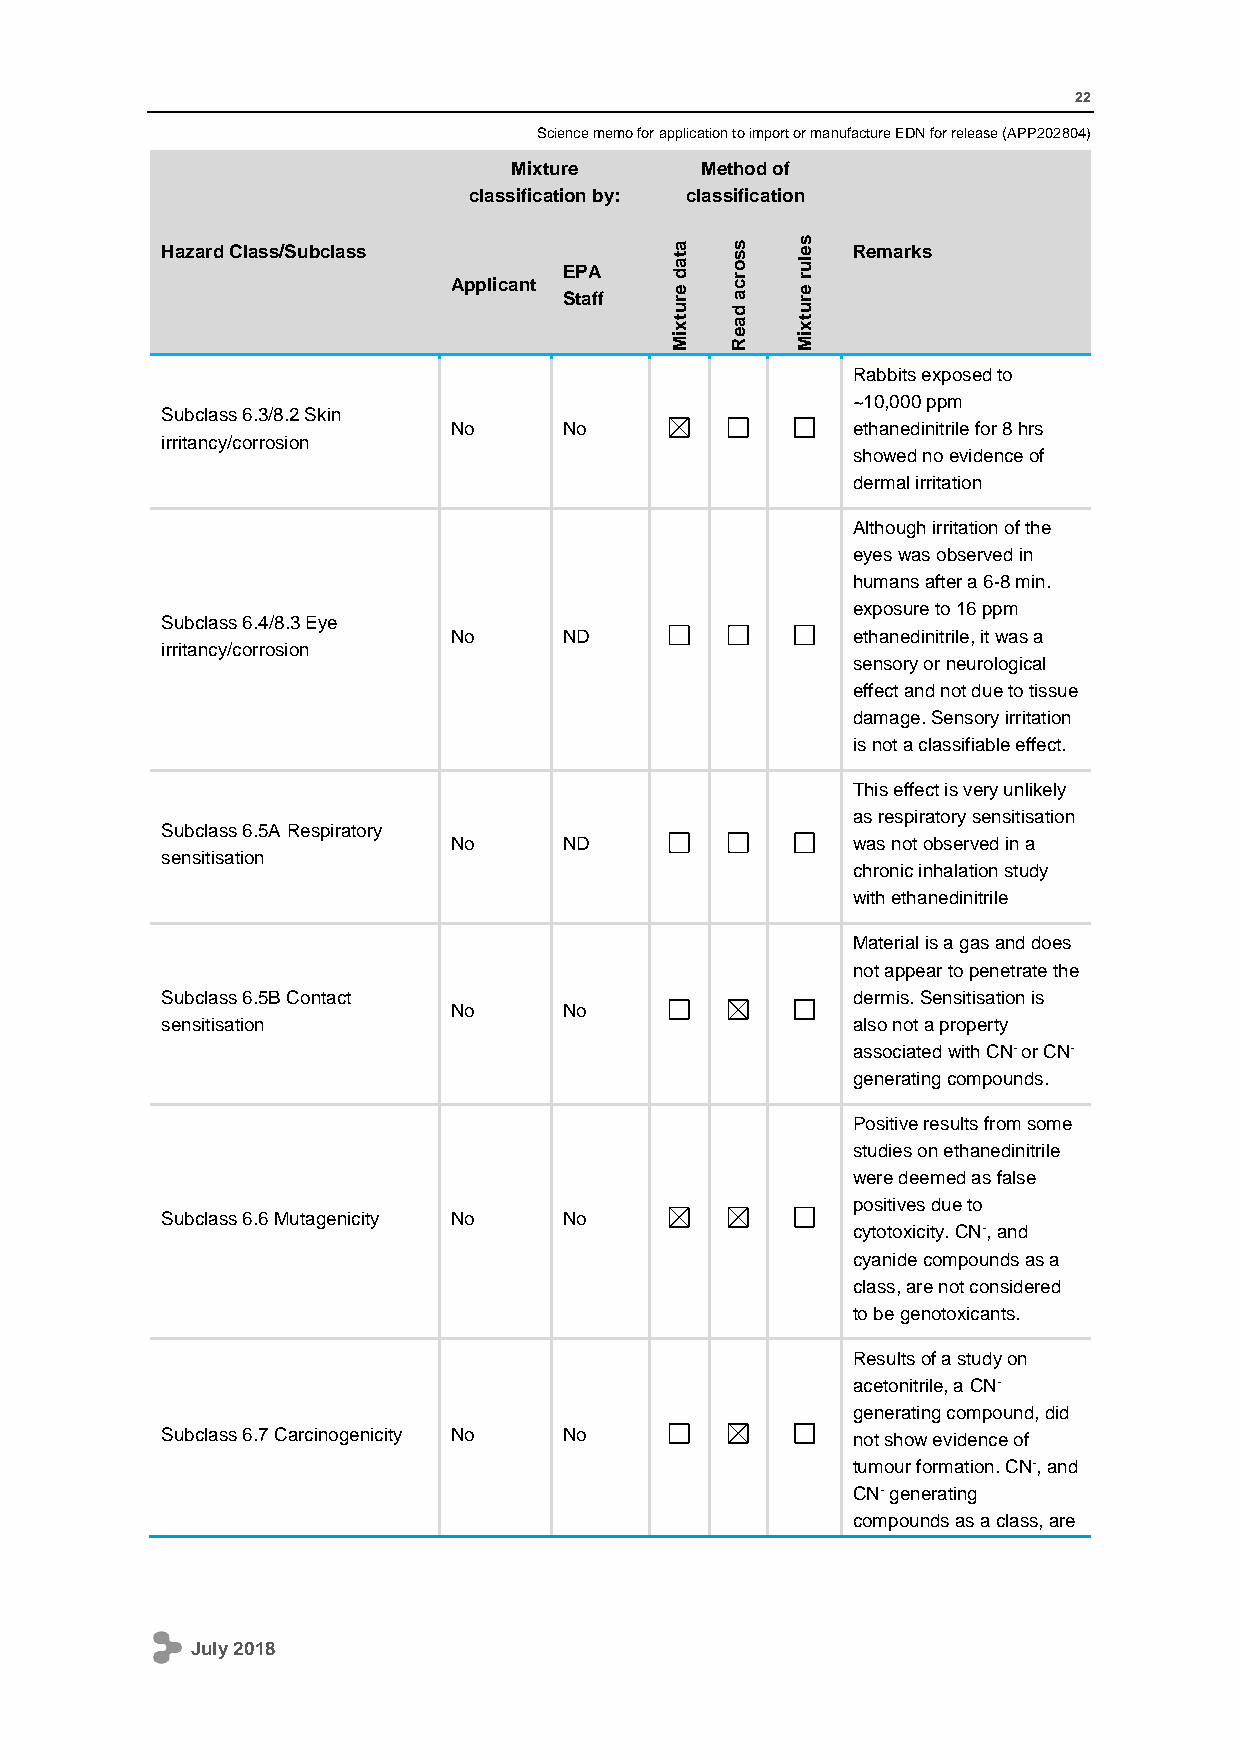
22
 Science memo for application to import or manufacture EDN for release (APP202804)
 Mixture     Method of
 classification by: classification
 Hazard Class/Subclass
 Applicant
 E SP taA
 ff   ure
 data
 d
 across
 ure
 rules Remarks
 xt  a    xt
 Mi  Re   Mi
 Rabbits exposed to
 ~10,000 ppm
 Subclass 6.3/8.2 Skin
 No     No                 ethanedinitrile for 8 hrs
 irritancy/corrosion
 showed no evidence of
 dermal irritation
 Although irritation of the
 eyes was observed in
 humans after a 6-8 min.
 exposure to 16 ppm
 Subclass 6.4/8.3 Eye
 No     ND                 ethanedinitrile, it was a
 irritancy/corrosion
 sensory or neurological
 effect and not due to tissue
 damage. Sensory irritation
 is not a classifiable effect.
 This effect is very unlikely
 as respiratory sensitisation
 Subclass 6.5A Respiratory
 No     ND                 was not observed in a
 sensitisation
 chronic inhalation study
 with ethanedinitrile
 Material is a gas and does
 not appear to penetrate the
 Subclass 6.5B Contact                        dermis. Sensitisation is
 No     No
 sensitisation                                also not a property
 associated with CN- or CN-
 generating compounds.
 Positive results from some
 studies on ethanedinitrile
 were deemed as false
 positives due to
 Subclass 6.6 Mutagenicity No No
 cytotoxicity. CN-, and
 cyanide compounds as a
 class, are not considered
 to be genotoxicants.
 Results of a study on
 acetonitrile, a CN-
 generating compound, did
 Subclass 6.7 Carcinogenicity No No           not show evidence of
 tumour formation. CN-, and
 CN- generating
 compounds as a class, are
 July 2018